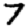
Digit: 7